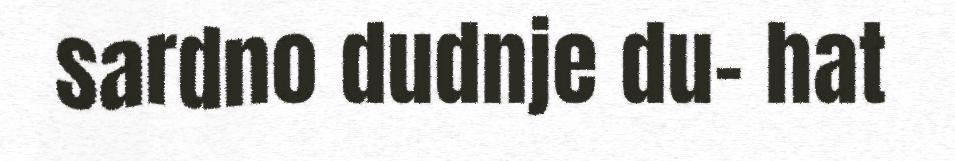
sardno dudnje du- hat